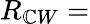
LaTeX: R_{\mathbb{C}W}=